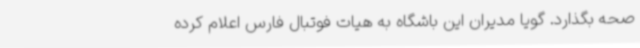
صحه بگذارد. گویا مدیران این باشگاه به هیات فوتبال فارس اعلام کرده